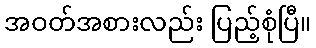
အဝတ်အစားလည်း ပြည့်စုံပြီ။